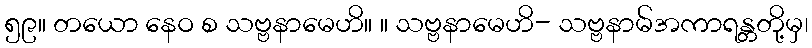
၅၉။ တယော နေဝ စ သဗ္ဗနာမေဟိ။ ။ သဗ္ဗနာမေဟိ- သဗ္ဗနာမ်အကာရန္တတို့မှ၊